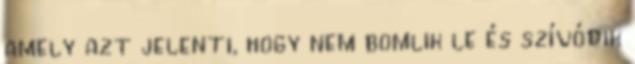
amely azt jelenti, hogy nem bomlik le és szívódik